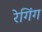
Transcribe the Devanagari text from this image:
रेगिंग